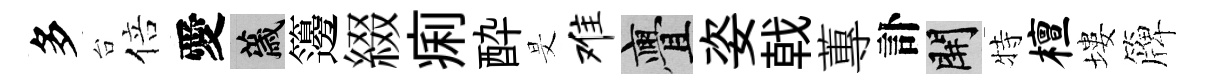
多台倍愛薉籩綴痢酔旻难亹姿戟蓴訃開特檀塿簰